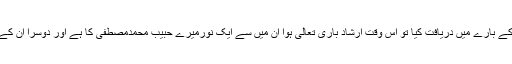
حضرت ابراہیم نے بالائے عرش کچھ انوار دیکھے تو اس وقت خدا وند عالم سے ان کے بارے میں دریافت کیا تو اس وقت ارشاد باری تعالیٰ ہوا ان میں سے ایک نورمیرے حبیب محمدمصطفی کا ہے اور دوسرا ان کے وصی علی مرتضیٰ کا ہے اور وہ دوانوار حسن مجتبیٰ اور حسین سید الشہدا کے ہیں ۔